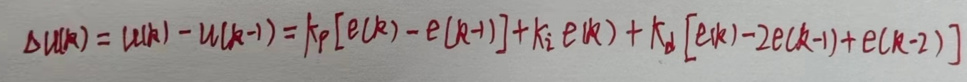
\[\Delta u(k)=u(k)-u(k - 1)=k_p[e(k)-e(k - 1)]+k_i e(k)+k_d[e(k)-2e(k - 1)+e(k - 2)]\]